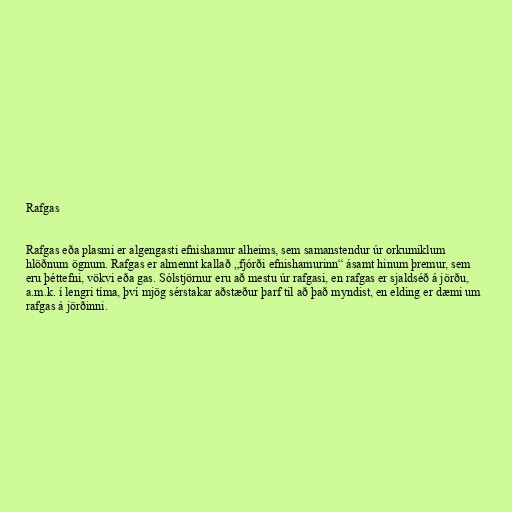
Rafgas

Rafgas eða plasmi er algengasti efnishamur alheims, sem samanstendur úr orkumiklum
hlöðnum ögnum. Rafgas er almennt kallað „fjórði efnishamurinn“ ásamt hinum þremur, sem
eru þéttefni, vökvi eða gas. Sólstjörnur eru að mestu úr rafgasi, en rafgas er sjaldséð á jörðu,
a.m.k. í lengri tíma, því mjög sérstakar aðstæður þarf til að það myndist, en elding er dæmi um
rafgas á jörðinni.